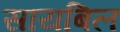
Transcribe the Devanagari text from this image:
सायबिल